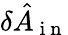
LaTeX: \delta\hat{A}_{\mathrm{~i~n~}}